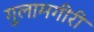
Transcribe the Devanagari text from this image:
गुलामगीरी